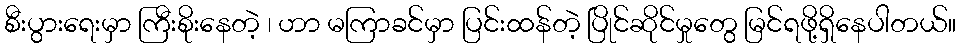
စီးပွားရေးမှာ ကြီးစိုးနေတဲ့ ၊ ဟာ မကြာခင်မှာ ပြင်းထန်တဲ့ ပြိုင်ဆိုင်မှုတွေ မြင်ရဖို့ရှိနေပါတယ်။